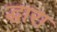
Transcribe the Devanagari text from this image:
द्धारा